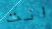
انت